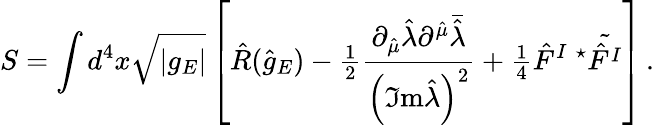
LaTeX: S=\int d^{4}x\sqrt{|g_{E}|}\left[\hat{R}(\hat{g}_{E})-{\textstyle\frac{1}{2}}\frac{\partial_{\hat{\mu}}\hat{\lambda}\partial^{\hat{\mu}}\bar{\hat{\lambda}}}{\left(\Im\mathrm{m}\hat{\lambda}\right)^{2}}+{\textstyle\frac{1}{4}}\hat{F}^{I}\ {}^{\star}\tilde{\hat{F}^{I}}\right]\, .